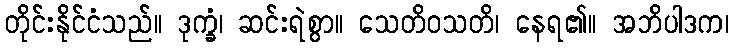
တိုင်းနိုင်ငံသည်။ ဒုက္ခံ၊ ဆင်းရဲစွာ။ သေတိဝသတိ၊ နေရ၏။ အဘိပါဒက၊